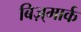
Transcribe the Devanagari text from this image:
बिज़्मार्क